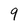
Character: 9